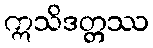
ဣသိဒတ္တဿ